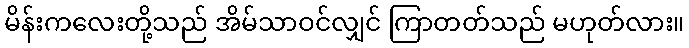
မိန်းကလေးတို့သည် အိမ်သာဝင်လျှင် ကြာတတ်သည် မဟုတ်လား။